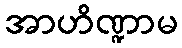
အာဟိဏ္ဍာမ